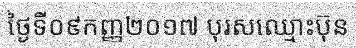
ថ្ងៃទី០៩កញ្ញ២០១៧ បុរសឈ្មោះប៊ុន